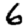
Digit: 6